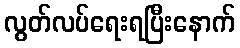
လွတ်လပ်ရေးရပြီးနောက်